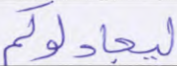
ليجادلوكم